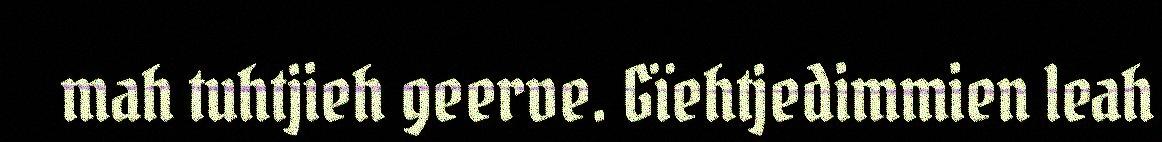
mah tuhtjieh geerve. Gïehtjedimmien leah